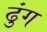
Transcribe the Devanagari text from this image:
ढुंग